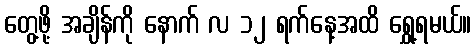
တွေ့ဖို့ အချိန်ကို နောက် လ ၁၂ ရက်နေ့အထိ ရွှေ့ရမယ်။